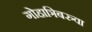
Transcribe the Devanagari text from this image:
गोहाञिबरुवा